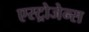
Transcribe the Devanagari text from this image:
एस्ट्रोजेन्स